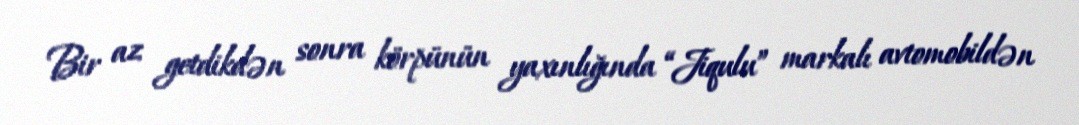
Bir az getdikdən sonra körpünün yaxınlığında “Jiqulu” markalı avtomobildən